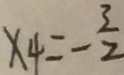
x _ { 4 } = - \frac { 3 } { 2 }